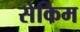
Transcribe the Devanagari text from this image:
सेकिम